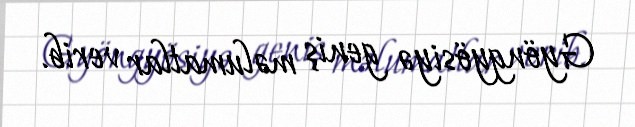
Gyöngyösiyə geniş məlumatlar verib.